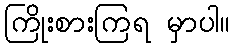
ကြိုးစားကြရ မှာပါ။